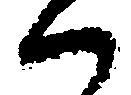
ハ